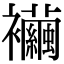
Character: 襺